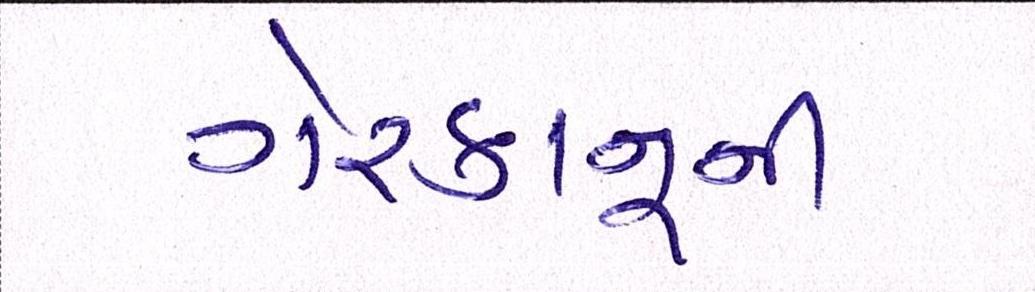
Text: ગેરકાનૂની